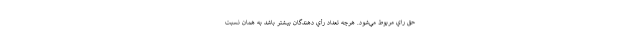
حق راي مربوط مي‌شود. هرچه تعداد رأي دهندگان بيشتر باشد به همان نسبت